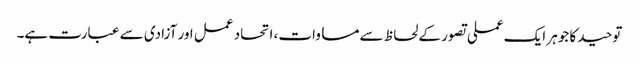
توحید کا جوہر ایک عملی تصور کے لحاظ سے مساوات، اتحاد عمل اور آزادی سے عبارت ہے۔